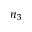
n _ { 3 }